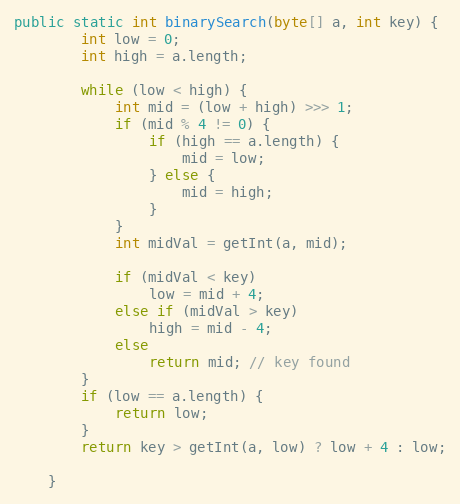
Language: Java
public static int binarySearch(byte[] a, int key) {
        int low = 0;
        int high = a.length;

        while (low < high) {
            int mid = (low + high) >>> 1;
            if (mid % 4 != 0) {
                if (high == a.length) {
                    mid = low;
                } else {
                    mid = high;
                }
            }
            int midVal = getInt(a, mid);

            if (midVal < key)
                low = mid + 4;
            else if (midVal > key)
                high = mid - 4;
            else
                return mid; // key found
        }
        if (low == a.length) {
            return low;
        }
        return key > getInt(a, low) ? low + 4 : low;

    }